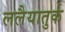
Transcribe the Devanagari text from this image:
ललैयातुर्क